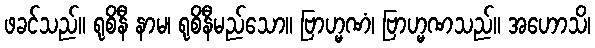
ဖခင်သည်။ ရုစိနီ နာမ၊ ရုစိနီမည်သော။ ဗြာဟ္မဏံ၊ ဗြာဟ္မဏသည်။ အဟောသိ၊